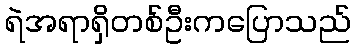
ရဲအရာရှိတစ်ဦးကပြောသည်